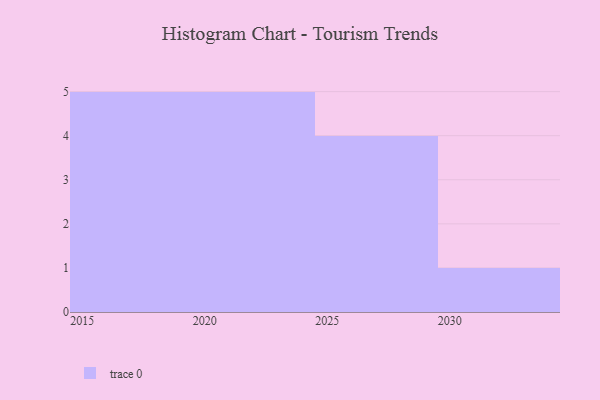
{"axis": {"x": "Year", "y": "Latency (ms)"}, "legend": [""], "data": [{"x": "2017", "y": 66, "type": ""}, {"x": "2016", "y": 53, "type": ""}, {"x": "2029", "y": 12, "type": ""}, {"x": "2026", "y": 62, "type": ""}, {"x": "2021", "y": 96, "type": ""}, {"x": "2028", "y": 6, "type": ""}, {"x": "2020", "y": 97, "type": ""}, {"x": "2015", "y": 43, "type": ""}, {"x": "2025", "y": 19, "type": ""}, {"x": "2022", "y": 4, "type": ""}, {"x": "2023", "y": 29, "type": ""}, {"x": "2024", "y": 34, "type": ""}, {"x": "2019", "y": 50, "type": ""}, {"x": "2030", "y": 28, "type": ""}, {"x": "2018", "y": 98, "type": ""}]}